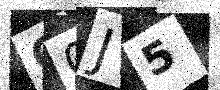
Text: C0J5